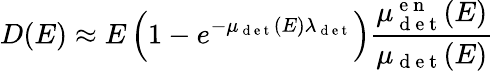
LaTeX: D(E)\approx E\left(1-e^{-\mu_{\mathrm{~d~e~t~}}(E)\lambda_{\mathrm{~d~e~t~}}}\right)\frac{\mu_{\mathrm{~d~e~t~}}^{\mathrm{~e~n~}}(E)}{\mu_{\mathrm{~d~e~t~}}(E)}